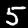
Digit: 5